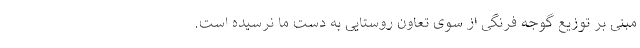
مبنی بر توزیع گوجه فرنگی از سوی تعاون روستایی به دست ما نرسیده است.